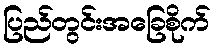
ပြည်တွင်းအခြေစိုက်